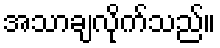
အသာချလိုက်သည်။